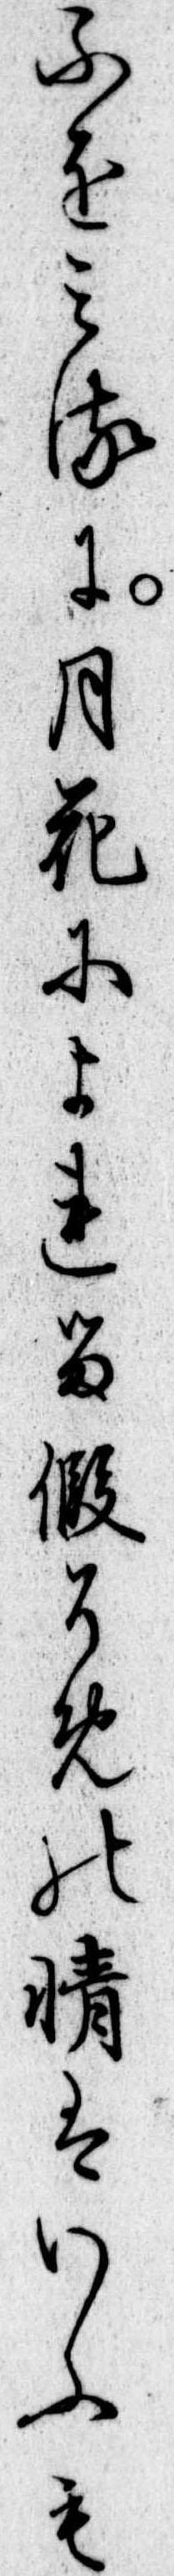
ふをみるに月花によれる仮そめの情はいふも